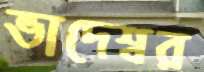
ভাদেশ্বর